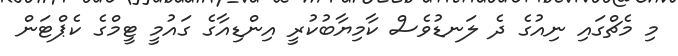
މި މެޗްގައި ނިއުގެ ދެ ލަނޑުވެސް ކާމިޔާބުކުރީ އިންޑިއާގެ ގައުމީ ޓީމްގެ ކެޕްޓަން